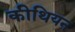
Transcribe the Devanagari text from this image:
कीथियन